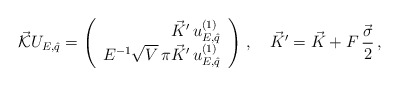
\begin{align*}\vec{\cal K}U_{E,\hat q}=\left(\begin{array}{r}\vec{K}'\,u^{(1)}_{E,\hat q}\\E^{-1}\sqrt{V}\, \pi\vec{K}'\,u^{(1)}_{E,\hat q}\end{array}\right)\,,\quad\vec{K}'=\vec{K}+F\,\frac{\vec{\sigma}}{2}\,,\end{align*}